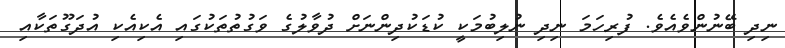
ނިދި ބޭނުންވެއެވެ. ފުރިހަމަ ނިދި ނުލިބުމަކީ ކުޑަކުދިންނަށް ދުވާލުގެ ވަގުތުތަކުގައި އެކިއެކި އުދަގޫތަކާއި